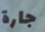
جارة